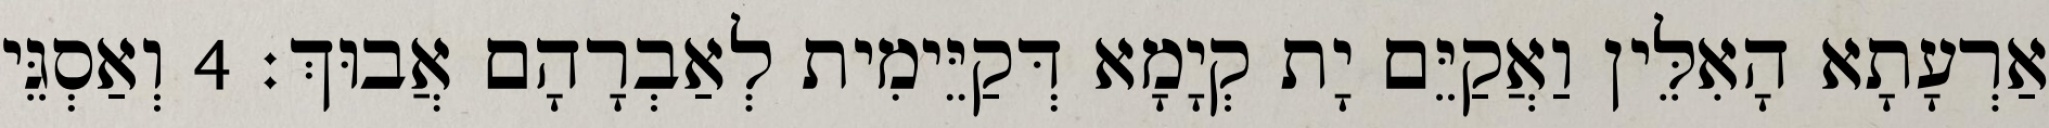
אַרְעָתָא הָאִלֵּין וַאֲקַיֵּם יָת קְיָמָא דְּקַיֵּימִית לְאַבְרָהָם אֲבוּךְ׃ 4 וְאַסְגֵּי